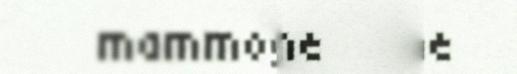
mammografijine